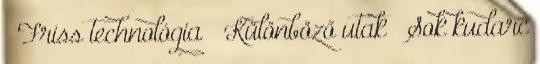
● Friss technológia – Különböző utak – Sok kudarc